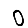
Digit: 0